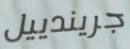
جريندييل